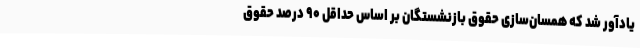
یادآور شد که همسان‌سازی حقوق بازنشستگان بر اساس حداقل ۹۰ درصد حقوق